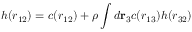
h ( r _ { 1 2 } ) = c ( r _ { 1 2 } ) + \rho \int d \mathbf { r } _ { 3 } c ( r _ { 1 3 } ) h ( r _ { 3 2 } )